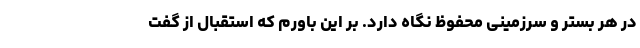
در هر بستر و سرزمینی محفوظ نگاه دارد. بر این باورم که استقبال از گفت